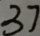
3 7